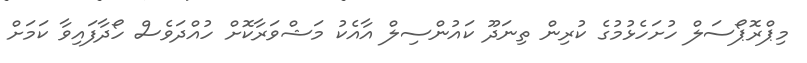
މިޕްރޮޕޯސަލް ހުށަހެޅުމުގެ ކުރިން ތިނަދޫ ކައުންސިލް އާއެކު މަޝްވަރާކޮށް ހުއްދަވެސް ހޯދާފައިވާ ކަމަށް